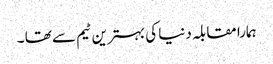
ہمارا مقابلہ دنیا کی بہترین ٹیم سے تھا ۔